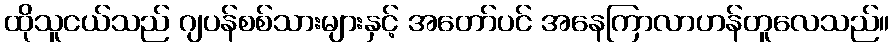
ထိုသူငယ်သည် ဂျပန်စစ်သားများနှင့် အတော်ပင် အနေကြာလာဟန်တူလေသည်။